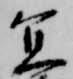
宜